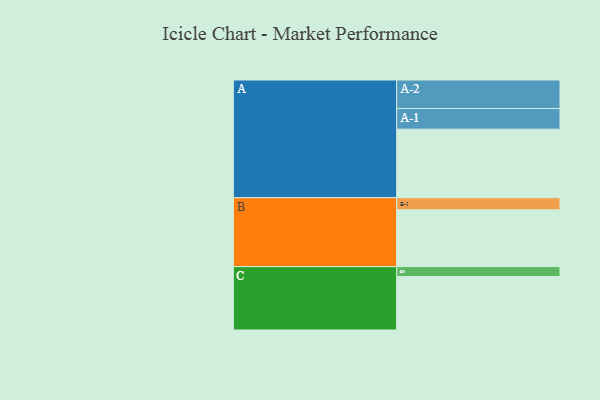
{"axis": {"x": "Segment", "y": "Value"}, "legend": ["", "A", "B", "C"], "data": [{"x": "A", "y": 570, "type": ""}, {"x": "B", "y": 472, "type": ""}, {"x": "C", "y": 445, "type": ""}, {"x": "A-1", "y": 172, "type": "A"}, {"x": "A-2", "y": 237, "type": "A"}, {"x": "B-1", "y": 101, "type": "B"}, {"x": "C-1", "y": 82, "type": "C"}]}